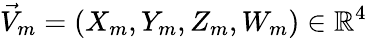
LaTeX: \vec{V}_{m}=(X_{m},Y_{m},Z_{m},W_{m})\in\mathbb{R}^{4}